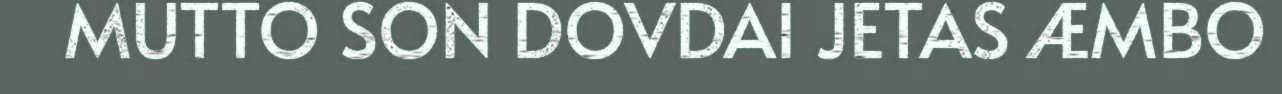
MUTTO SON DOVDAI JETAS ÆMBO